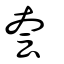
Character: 夽